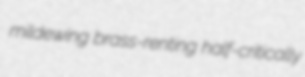
mildewing brass-renting half-critically